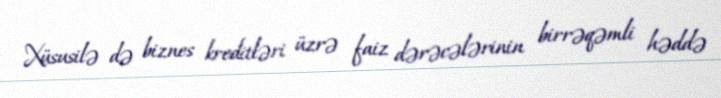
Xüsusilə də biznes kreditləri üzrə faiz dərəcələrinin birrəqəmli həddə